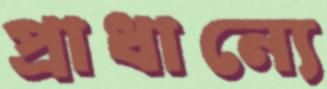
প্রাধান্যে